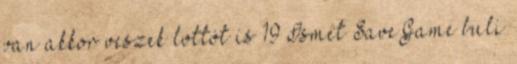
van akkor veszek lottót is 19 Ismét SaveGame buli